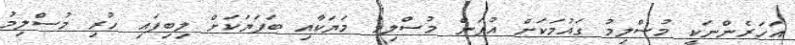
އަހަރެންނަކީ މުސްލިމު ގައުމަކަށް އުފަން މުސްލިމު މަޔަކާއި ބަފަޔަކަށް ލިބިފައި ހުރި މުސްލިމު